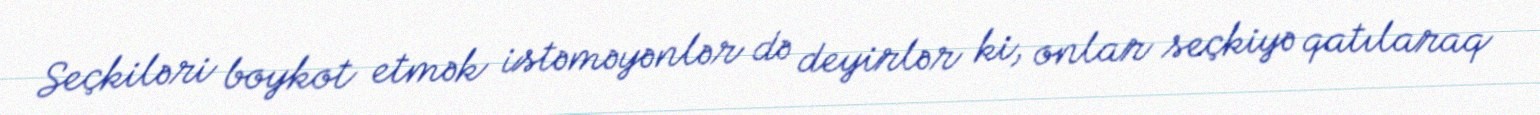
Seçkiləri boykot etmək istəməyənlər də deyirlər ki, onlar seçkiyə qatılaraq